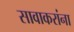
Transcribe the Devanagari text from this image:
सावाकरांना